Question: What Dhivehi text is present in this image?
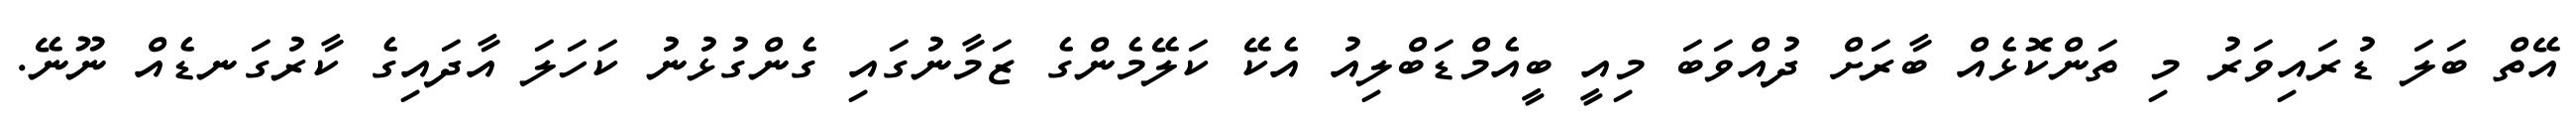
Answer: އޭތް ބަލަ ޑުރައިވަރު މި ތަންކޮޅެއް ބާރަށް ދުއްވަބަ މިއީ ބީއެމްޑަބްލިއު އެކޭ ކަލޭމެންގެ ޒަމާނުގައި ގެންގުޅުނު ކަހަލަ އާދައިގެ ކާރުގަނޑެއް ނޫނޭ.